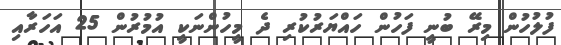
ފުލުހުން މިރޭ ބުނީ ފަހުން ހައްޔަރުކުރި ދެ މީހުންނަކީ އުމުރުން 25 އަހަރާއި